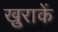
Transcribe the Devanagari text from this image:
ख़ुराकें